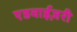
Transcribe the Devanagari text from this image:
एडवाईज़री